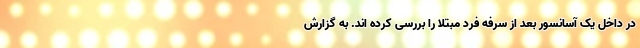
در داخل یک آسانسور بعد از سرفه فرد مبتلا را بررسی کرده اند. به گزارش